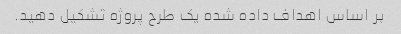
بر اساس اهداف داده شده یک طرح پروژه تشکیل دهید.